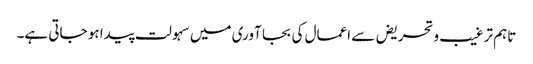
تاہم ترغیب وتحریض سے اعمال کی بجا آوری میں سہولت پیدا ہو جاتی ہے۔